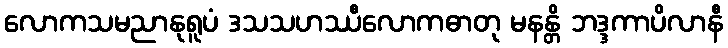
လောကသမညာနုရူပံ ဒသသဟဿီလောကဓာတု မနန္တိ ဘဒ္ဒကာပိလာနီ